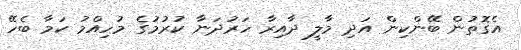
އެގޮތުން ބޭންކިން އަދި މާލީ ދާއިރާ ހަރުދަނާ ކުރުމުގެ މުހިއްމު ކަމާ ބެހޭ